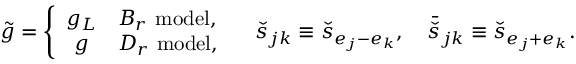
\tilde { g } = \left\{ \begin{array} { c l } { { g _ { L } } } & { { B _ { r } \ \mathrm { m o d e l } , } } \\ { { g } } & { { D _ { r } \ \mathrm { m o d e l } , } } \end{array} \right. \quad \check { s } _ { j k } \equiv \check { s } _ { e _ { j } - e _ { k } } , \quad \bar { \check { s } } _ { j k } \equiv \check { s } _ { e _ { j } + e _ { k } } .